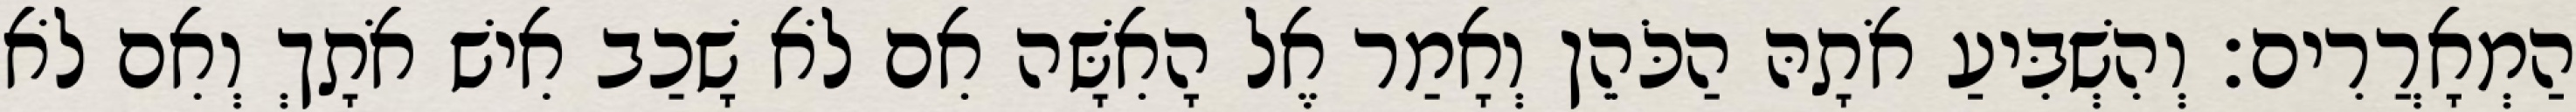
הַמְאָרֲרִים׃ וְהִשְׁבִּיעַ אֹתָהּ הַכֹּהֵן וְאָמַר אֶל הָאִשָּׁה אִם לֹא שָׁכַב אִישׁ אֹתָךְ וְאִם לֹא